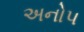
અનોપ